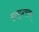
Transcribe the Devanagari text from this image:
मृत्यूप्रमाण